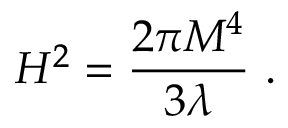
H ^ { 2 } = { \frac { 2 \pi M ^ { 4 } } { 3 \lambda } } \ .